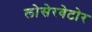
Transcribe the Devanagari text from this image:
लोसेरवेटोर